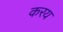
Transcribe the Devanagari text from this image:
करय